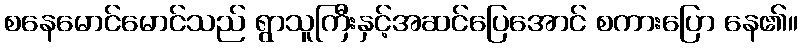
စနေမောင်မောင်သည် ရွာသူကြီးနှင့်အဆင်ပြေအောင် စကားပြော နေ၏။